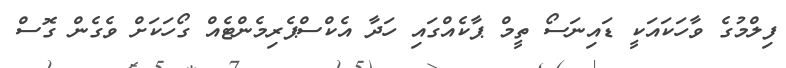
ފިލްމުގެ ވާހަކައަކީ ޑައިނަސޯ ތީމް ޕާކެއްގައި ހަދާ އެކްސްޕެރިމެންޓެއް ގޯހަކަށް ވެގެން ގޮސް